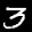
Label: 3